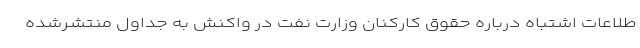
طلاعات اشتباه درباره حقوق کارکنان وزارت نفت در واکنش به جداول منتشرشده